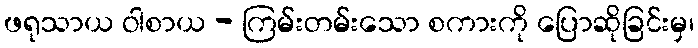
ဖရုသာယ ဝါစာယ - ကြမ်းတမ်းသော စကားကို ပြောဆိုခြင်းမှ၊